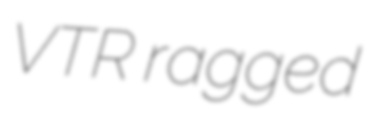
VTR ragged